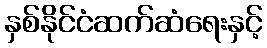
နှစ်နိုင်ငံဆက်ဆံရေးနှင့်